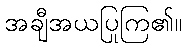
အချီအယပြုကြ၏။